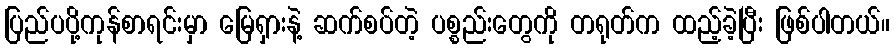
ပြည်ပပို့ကုန်စာရင်းမှာ မြေရှားနဲ့ ဆက်စပ်တဲ့ ပစ္စည်းတွေကို တရုတ်က ထည့်ခဲ့ပြီး ဖြစ်ပါတယ်။